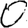
Digit: 0